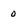
Character: 0